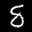
Label: 8